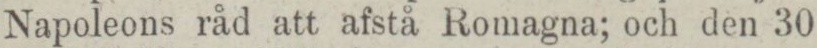
Napoleons råd att afstå Romagna; och den 30